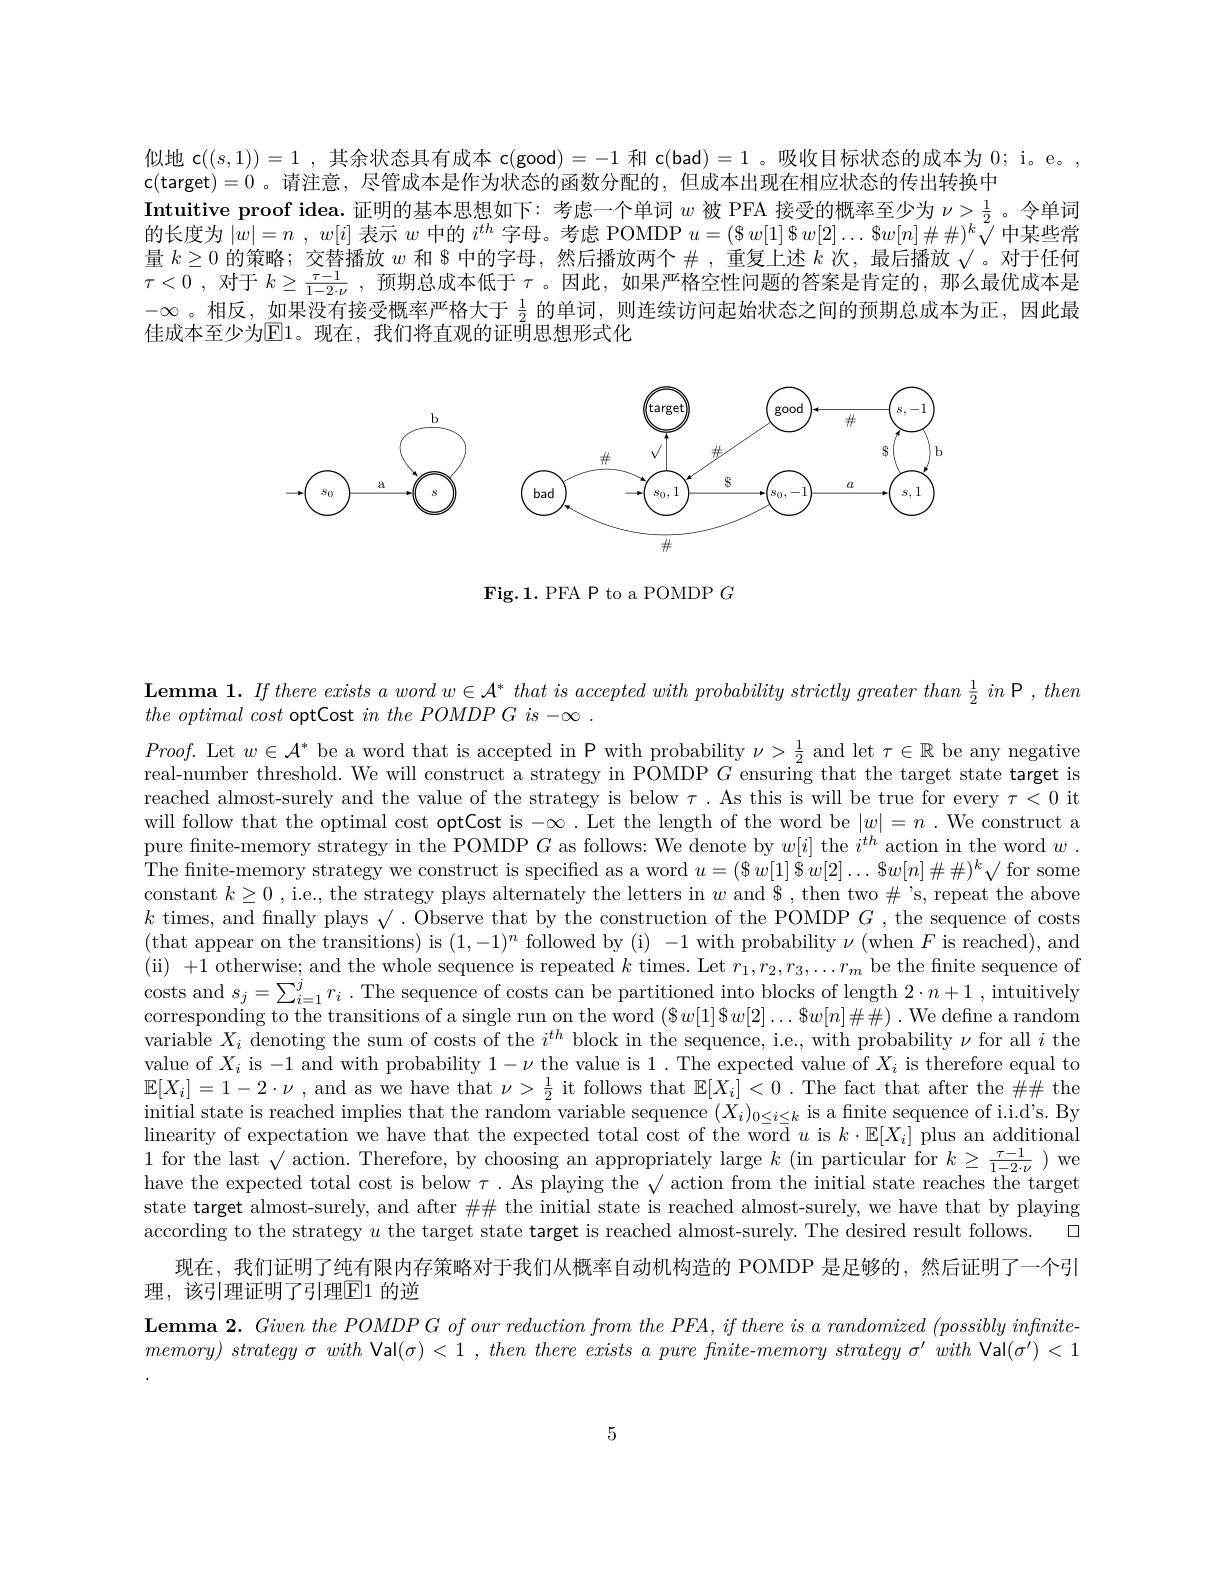
似地 c$((s,1))=1$ ,其余状态具有成本 c(good)=-1和 c(bad)=1 。吸收目标状态的成本为 0; i。e。,
c(target)=0 。请注意，尽管成本是作为状态的函数分配的，但成本出现在相应状态的传出转换中
Intuitive proof idea. 证明的基本思想如下：考虑一个单词$w$被 PFA 接受的概率至少为$\nu>\frac{1}{2}$ 。令单词的长度为$| \dot{w} | = n$ , $w[ i]$表示$w$中的$i^th$字母。考虑 POMDP $u=(\$w[1]\$w[2]\ldots\$w[n]\#\#)^k\sqrt[\text{中某些常}]$ 量$k\geq0$的策略；交替播放$w$和 $中的字母，然后播放两个 #,重复上述$k$次，最后播放$√$。对于任何$\tau < 0$ , 对 于 $k\geq \frac {\tau - 1}{1- 2\cdot \nu }$ , 预期总成本低于 $\tau$ 。因此，如果严格空性问题的答案是肯定的，那么最优成本是$-\infty$。相反，如果没有接受概率严格大于$\frac12$的单词，则连续访问起始状态之间的预期总成本为正，因此最佳成本至少为El1。现在，我们将直观的证明思想形式化

<FigureHere>

Fig.1. PFA P to a POMDP $G$

$\textbf{Lemma 1. If there exists a word w\in A}^*\textit{ that is accepted with probability strictly greater than \frac12 in P , then}$
$the\textit{ optimal cost optCost }in\textit{the POMDP G is - . }$

$Proof.$ Let $w\in\mathcal{A}^*$ be a word that is accepted in P with probability $\nu>\frac12$ and let $\tau\in\mathbb{R}$ be any negative real-number threshold. We will construct a strategy in POMDP $G$ ensuring that the target state target is reached almost-surely and the value of the strategy is below $\tau.$ As this is will be true for every $\tau<0$ it will follow that the optimal cost optCost is $-\infty$ . Let the length of the word be $|w|=n$ .We construct a pure finite-memory strategy in the POMDP $G$ as follows: We denote by $w[i]$ the $i^th$ action in the word $w.$ The finite-memory strategy we construct is specified as a word $u=(\$w[1]\$w[2]\ldots\$w[n]\#\#)^k√$ for some constant $k\geq0$ , i.e., the strategy plays alternately the letters in $w$ and $, then two#'s, repeat the above $k$ times, and finally plays $\surd$ . Observe that by the construction of the POMDP $G$ , the sequence of costs (that appear on the transitions) is $(1,-1)^n$ followed by (i) -1 with probability$\nu($when $F$ is reached),and (ii) +1 otherwise; and the whole sequence is repeated $k$ times. Let $r_1,r_2,r_3,\ldots r_m$ be the finite sequence of costs and $s_{j}= \sum _{i= 1}^{j}r_{i}$ . The sequence of costs can be partitioned into blocks of length $2\cdot n+ 1$ , intuitively corresponding to the transitions of a single run on the word $(\$w[1]\$w[2]\ldots\$w[n]\#\#).$ We define a random variable $X_i$ denoting the sum of costs of the $i^th$ block in the sequence, i.e., with probability $\nu$ for all $i$ the value of $X_i$ is -1 and with probability $1-\nu$ the value is 1. The expected value of $X_i$ is therefore equal to $\mathbb{E}[X_i]=1-2\cdot\nu$ , and as we have that $\nu>\frac12$ it follows that $\mathbb{E}[X_i]<0$ .The fact that after the $\#\#$ the $\begin{array}{c}\text{initial state is reached implies that the random variable sequence }(\bar{X_i})_{0\leq i\leq k}&\text{is a finite sequence of i.i.d's. By}\\\text{initial state is reached implies that the random variable sequence }(\bar{X_i})_{0\leq i\leq k}&\text{is a fin}\mathrm{ite~sequence~of~i.i.d's.~By}\end{array}$ linearity of expectation we have that the expected total cost of the word $u$ is $k\cdot\mathbb{E}[X_i]$ plus an additional 1 for the last $\sqrt\text{ action. Therefore, by choosing an appropriately large }k($in particular for $k\geq\frac{\tau-1}{1-2\cdot\nu})$ we have the expected total cost is below $\tau.$ As playing the $\sqrt\text{ action from the initial state reaches the target}$ state target almost-surely, and after $\#\#$ the initial state is reached almost-surely, we have that by playing
$\square$
according to the strategy $u$ the target state target is reached almost-surely. The desired result follows.
现在，我们证明了纯有限内存策略对于我们从概率自动机构造的 POMDP 是足够的，然后证明了一个引

理，该引理证明了引理$\boxed{\mathrm{E}}1$ 的逆

$\textbf{Lemma 2. Given the POMDPG of our reduction from the PFA, if there is a randomized ( possibly infinite- ) }$ $memory) \textit{ strategy }\sigma \textit{ with Val}( \sigma ) < 1$ , $then\textit{ there exists a pure finite- memory strategy }\sigma ^{\prime }\textit{with Val}( \sigma ^{\prime }) < 1$

5